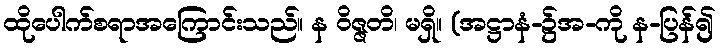
ထိုပေါက်စရာအကြောင်းသည်။ န ဝိဇ္ဇတိ၊ မရှိ။ (အဋ္ဌာနံ-၌အ-ကို န-ပြန်၍